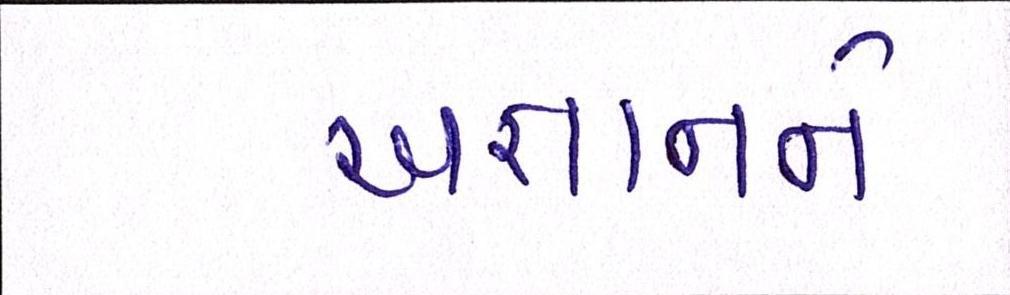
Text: અજ્ઞાનને